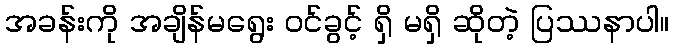
အခန်းကို အချိန်မရွေး ဝင်ခွင့် ရှိ မရှိ ဆိုတဲ့ ပြဿနာပါ။